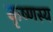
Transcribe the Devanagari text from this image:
कृष्णस्य